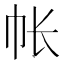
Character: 帐